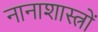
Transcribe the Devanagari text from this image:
नानाशास्त्रों